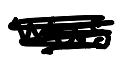
Text: was
Cross-out: scratch
Writing tool: digital_black